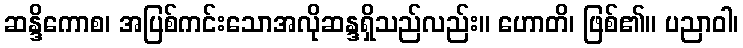
ဆန္ဒိကောစ၊ အပြစ်ကင်းသောအလိုဆန္ဒရှိသည်လည်း။ ဟောတိ၊ ဖြစ်၏။ ပညာဝါ၊